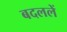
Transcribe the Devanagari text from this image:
बदललें